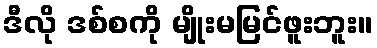
ဒီလို ဒစ်စကို မျိုးမမြင်ဖူးဘူး။